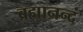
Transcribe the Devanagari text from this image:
ब्रह्मानन्दं